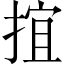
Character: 𢯕